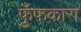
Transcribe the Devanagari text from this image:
फुँफकारा